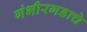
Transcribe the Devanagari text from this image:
गंभीरगडाचे